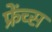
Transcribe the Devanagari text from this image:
फ्रेंच्स